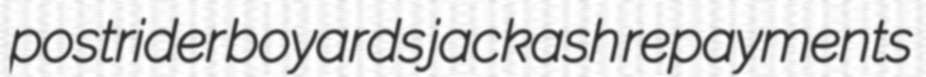
postrider boyards jackash repayments